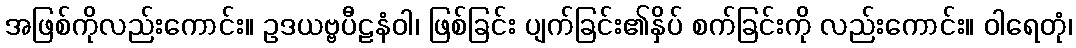
အဖြစ်ကိုလည်းကောင်း။ ဥဒယဗ္ဗပီဠနံဝါ၊ ဖြစ်ခြင်း ပျက်ခြင်း၏နှိပ် စက်ခြင်းကို လည်းကောင်း။ ဝါရေတုံ၊